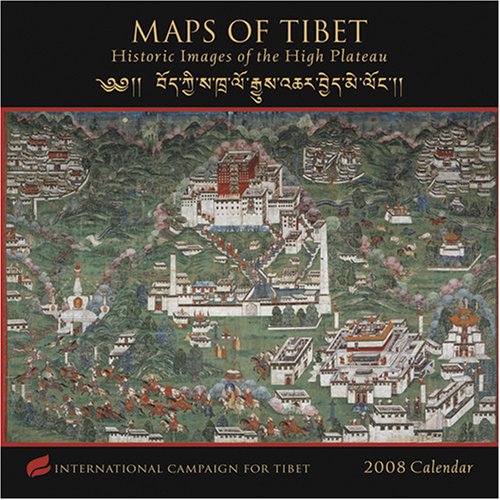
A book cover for Maps of Tibet 2008 Calendar: Historic Images of the High Plateau; International Campaign for Tibet; Calendars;